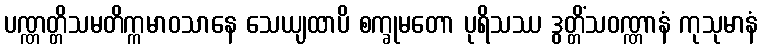
ပဏ္ဏတ္တိသမတိက္ကမာဝသာနေ သေယျထာပိ စက္ခုမတော ပုရိသဿ ဒွတ္တိံသဝဏ္ဏာနံ ကုသုမာနံ